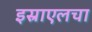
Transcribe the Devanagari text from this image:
इस्राएलचा